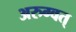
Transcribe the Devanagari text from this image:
अरुग्वत्